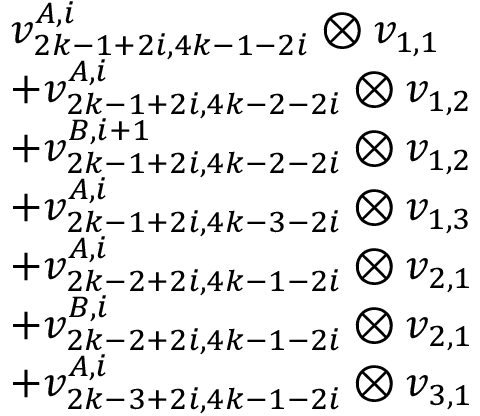
\begin{array} { r l } & { v _ { 2 k - 1 + 2 i , 4 k - 1 - 2 i } ^ { A , i } \otimes v _ { 1 , 1 } } \\ & { + v _ { 2 k - 1 + 2 i , 4 k - 2 - 2 i } ^ { A , i } \otimes v _ { 1 , 2 } } \\ & { + v _ { 2 k - 1 + 2 i , 4 k - 2 - 2 i } ^ { B , i + 1 } \otimes v _ { 1 , 2 } } \\ & { + v _ { 2 k - 1 + 2 i , 4 k - 3 - 2 i } ^ { A , i } \otimes v _ { 1 , 3 } } \\ & { + v _ { 2 k - 2 + 2 i , 4 k - 1 - 2 i } ^ { A , i } \otimes v _ { 2 , 1 } } \\ & { + v _ { 2 k - 2 + 2 i , 4 k - 1 - 2 i } ^ { B , i } \otimes v _ { 2 , 1 } } \\ & { + v _ { 2 k - 3 + 2 i , 4 k - 1 - 2 i } ^ { A , i } \otimes v _ { 3 , 1 } } \end{array}